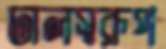
ঢালস্বরূপ